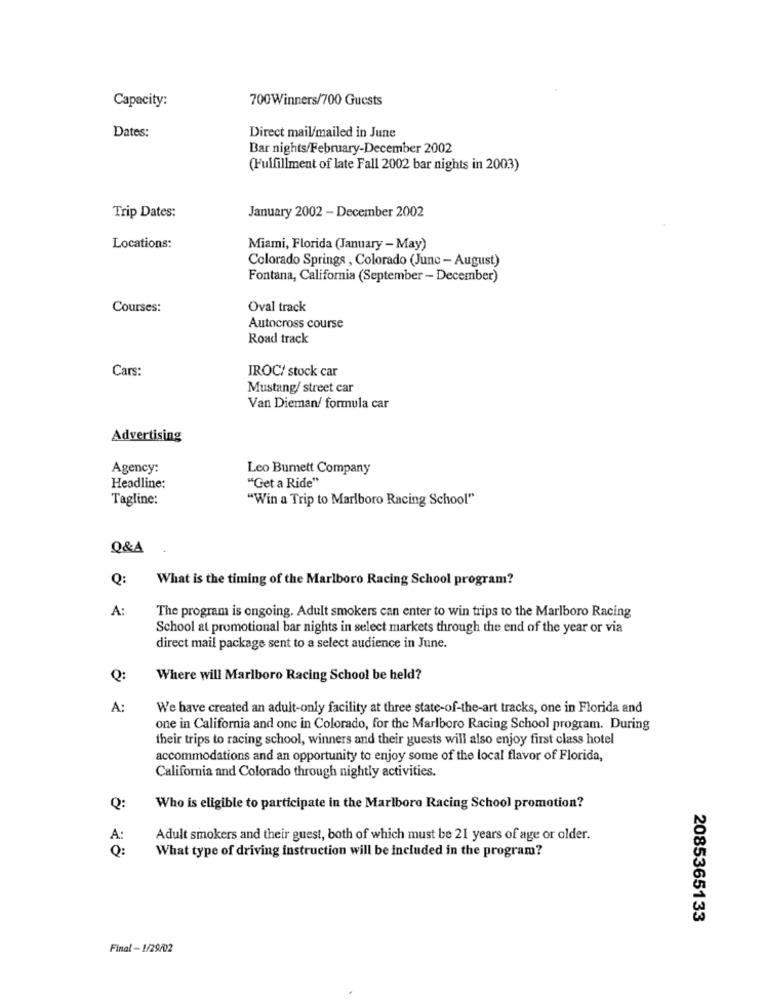
700Winners/700 Guests
Capacity:
Dates:
Direct mail/mailed in June
Bar nights/February-December 2002
(Fulfillment of late Fall 2002 bar nights in 2003)
January 2002 - December 2002
Trip Dates:
Locations:
Miami, Florida (January - May)
Colorado Springs , Colorado (June - August)
Fontana, California (September - December)
Courses:
Oval track
Autocross course
Road track
Cars:
IROC/ stock car
Mustang/ street car
Van Dieman/ formula car
Advertising
Agency:
Leo Burnett Company
Headline:
"Get a Ride"
Tagline:
"Win a Trip to Marlboro Racing School"
Q&A
Q:
What is the timing of the Marlboro Racing School program?
A:
The program is ongoing. Adult smokers can enter to win trips to the Marlboro Racing
School at promotional bar nights in select markets through the end of the year or via
direct mail package sent to a select audience in June.
Q:
Where will Marlboro Racing School be held?
A:
We have created an adult-only facility at three state-of-the-art tracks, one in Florida and
one in California and one in Colorado, for the Marlboro Racing School program. During
their trips to racing school, winners and their guests will also enjoy first class hotel
accommodations and an opportunity to enjoy some of the local flavor of Florida,
California and Colorado through nightly activities.
Q:
Who is eligible to participate in the Marlboro Racing School promotion?
A:
Adult smokers and their guest, both of which must be 21 years of age or older.
Q:
What type of driving instruction will be Included in the program?
2085365133
Final - 1/29/02